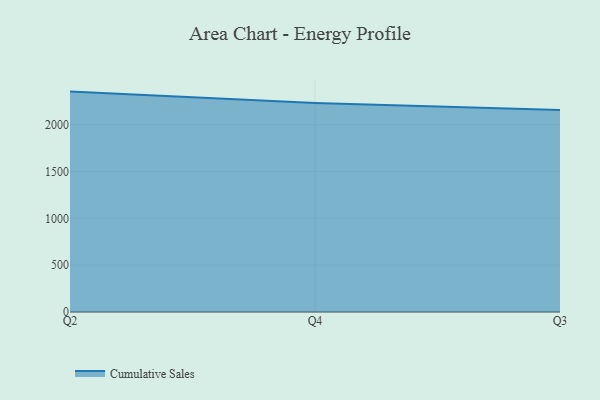
{"axis": {"x": "Quarter", "y": "Shipments"}, "legend": ["Cumulative Sales"], "data": [{"x": "Q2", "y": 2354.0, "type": "Cumulative Sales"}, {"x": "Q4", "y": 2233.2, "type": "Cumulative Sales"}, {"x": "Q3", "y": 2157.7, "type": "Cumulative Sales"}]}